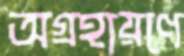
অগ্রহায়ণে